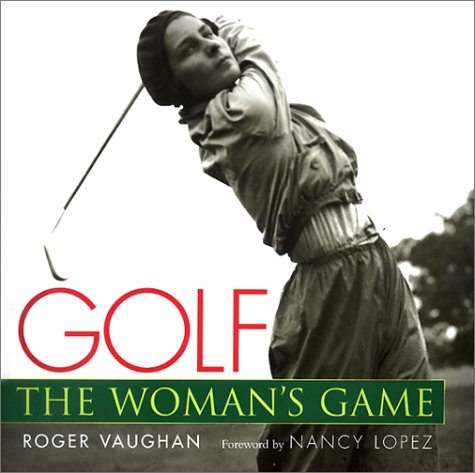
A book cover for Golf: The Woman's Game; Roger Vaughan; Sports & Outdoors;